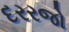
દરરજો